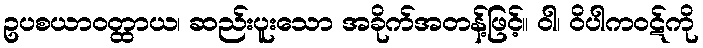
ဥပစယာဝတ္ထာယ၊ ဆည်းပူးသော အခိုက်အတန့်ဖြင့်။ ဝါ၊ ဝိပါကဝဋ်ကို